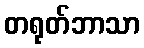
တရုတ်ဘာသာ